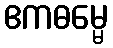
ဧကဓမ္မေ